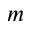
m